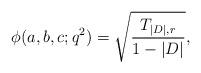
LaTeX: \begin{align*}\phi(a,b,c;q^2)=\sqrt{\frac{T_{|D|,r}}{1-|D|}},\end{align*}